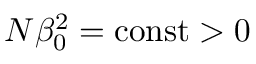
N \beta _ { 0 } ^ { 2 } = \mathrm { c o n s t } > 0